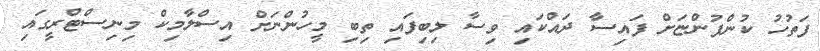
ފަތުހު ކުންފުންޏަށް ފައިސާ ދައްކައި ވިސާ ލިބިފައި ތިބި މީހުންނަށް އިސްލާމިކް މިނިސްޓްރީގައި